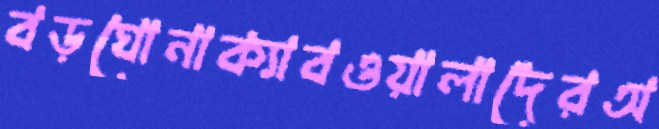
বড়ঘোনাক্যাবওয়ালাদেরঅ